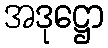
အဒုဋ္ဌော